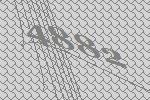
4882